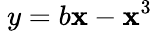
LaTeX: \ y=b\mathbf{x}-\mathbf{x}^{3}